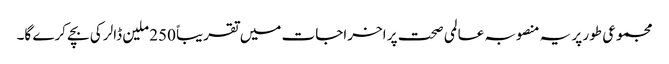
مجموعی طور پر یہ منصوبہ عالمی صحت پر اخراجات میں تقریباً 250 ملین ڈالر کی بچے کرے گا۔